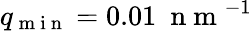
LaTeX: q_{\mathrm{~m~i~n~}}=0.01\ \mathrm{~n~m~}^{-1}